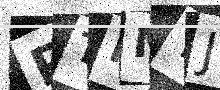
Text: PTPMYJ